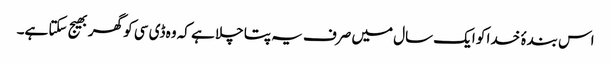
اس بندۂ خدا کو ایک سال میں صرف یہ پتا چلا ہے کہ وہ ڈی سی کو گھر بھیج سکتا ہے۔